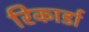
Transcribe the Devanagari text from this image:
रिकार्डा